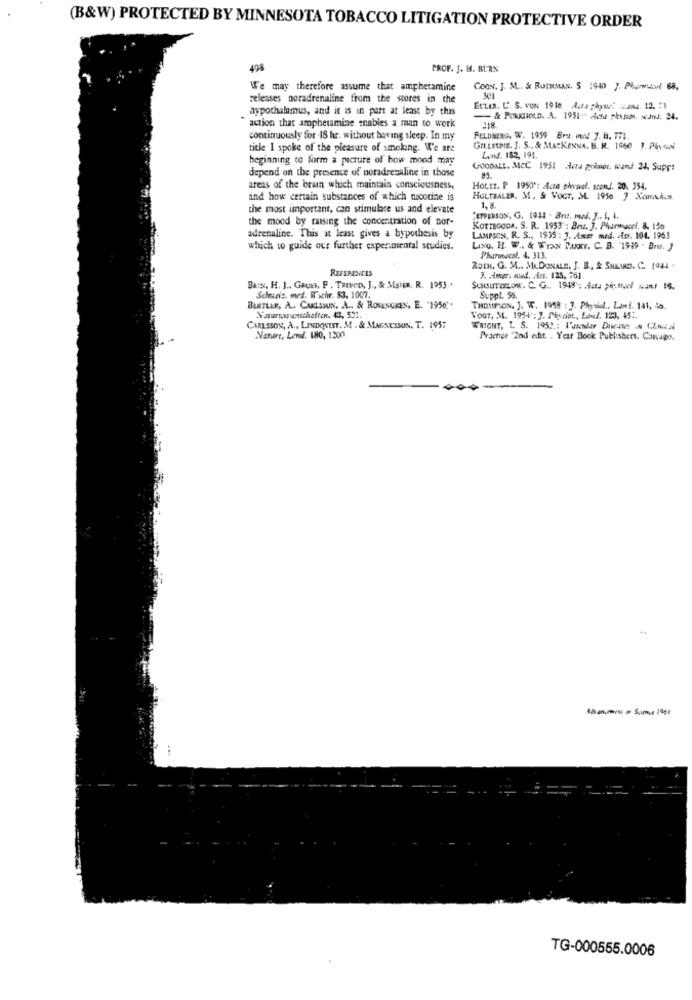
(B&W) PROTECTED BY MINNESOTA TOBACCO LITIGATION PROTECTIVE ORDER
498
PROF. J. H. BURN
We may therefore assume that amphetamine
COON. J. M .. & ROTHMAN. S :940 }. Planul 68,
releases noradrenaline from the stores in the
hypothalamus, and it is in part at least by this
EtLER. C'. S. VON 1910 A.ta phyurt same. 12. #1
action that amphetamine enables a man to work
continuously for -18 hr. without having sleep. In my
FELDBERG. W. 1959 Brut. mnad J. H. 771.
title I spoke of the pleasure of smoking. We are
GILLESPIE. ]. S ., & MACKENNA. B. R. 1960 1. PAN
beginning to form a picture of how mood may
Leid. 152, 191.
depend on the presence of noradrenaline in those
GOODALL, MCC 1951 ;des primor. wand 24, Supp!
areas of the bran which maintain consciousness,
HOLTZ. P 1950': Acte physel. scon !. 20, 354.
and how certain substances of which mootine is
HOLTBALER. M. S VOGT, M. 1950 7 XamA.s.
the most important, can stimulate us and elevate
1.8
the mood by raising the concentration of nor-
"ETSERSON, G. 1911 - Brit. med. J .. I, L.
KOTTEGODs, S. R. 1953 : Bez. ]. Pharmacel. 8. 150
adrenaline. This at least gives a hypothesis by
LAMPSON, R. S ., 1935 : J. Axe med. fr. 104. 1963
which to guide ous further experimental studies.
LING, H. W .. & WYxx PAKY. C. B. "1999 . Br. ]
Pharmacol. 4. 313.
REFERENCES
RoTH, G. M .. McDONALD, J. B ., & SHELVD. C. 1944 .
7. Aug. mud. Ass. 125, 761.
Bers, H. J ., Gauss, F . TRINco, J ., & MSIER. R. 1953.+
SCHSUITESLOW. C. G ., 1948 : Actu pistol Man! 16.
Schweiz, ovd. Wschr. 83, 1007.
Suppl. 56.
BAKTLER, A .. CAMISIUN, A .. & ROSENGREN, E. "1950".
THOMPSON, J. W. 1959 : 3. Physiol .. Lawf. 141, 40.
Naturnassenschaffen. (3, 521.
Voor, M. 1954: 3. Pivaiot ., Loul. 123, 45 :.
CARLSSON, A ., LINDOWNIST. M . & MAGNUSSON. T. 1957
FRIGHT, I. S. 195 .: Punder DIcasa a CLmed
Natere, Lend. 180, 1200
Practice 2nd edit. . Year Book Publishers. Camnago.
TG-000555.0006